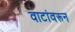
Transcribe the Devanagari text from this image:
वाटांवरून